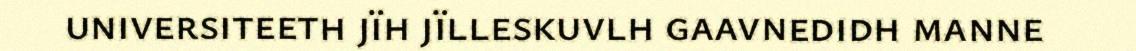
universiteeth jïh jïlleskuvlh gaavnedidh manne